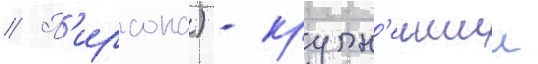
// П'ирсона) - крупн'еишии